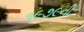
૧૯૭૯ની